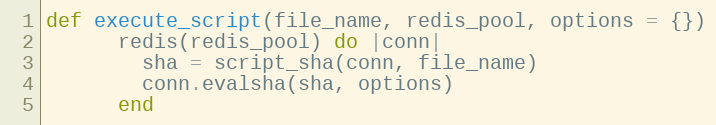
Language: Ruby
def execute_script(file_name, redis_pool, options = {})
      redis(redis_pool) do |conn|
        sha = script_sha(conn, file_name)
        conn.evalsha(sha, options)
      end